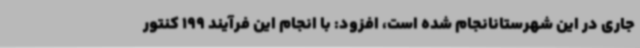
جاری در این شهرستانانجام شده است، افزود: با انجام این فرآیند 199 کنتور